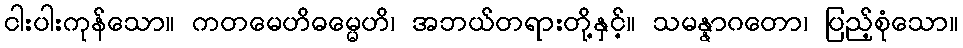
ငါးပါးကုန်သော။ ကတမေဟိဓမ္မေဟိ၊ အဘယ်တရားတို့နှင့်။ သမန္နာဂတော၊ ပြည့်စုံသော။